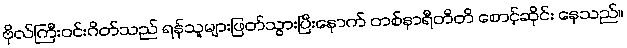
ဗိုလ်ကြီးဝင်းဂိတ်သည် ရန်သူများဖြတ်သွားပြီးနောက် တစ်နာရီတိတိ စောင့်ဆိုင်း နေသည်။